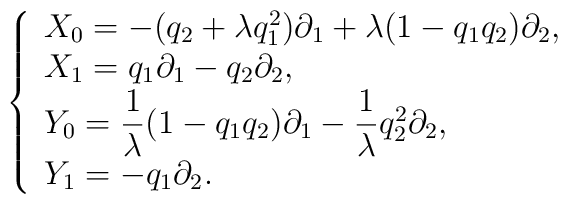
\left\{ \begin{array}{l}X_{0}= - (q_{2} + \lambda q^{2}_{1} )\partial_{1}+ \lambda (1 - q_{1} q_{2} )\partial_{2} , \\X_{1}= q_{1} \partial_{1} - q_{2} \partial_{2} , \\Y_{0}= {\displaystyle \frac{1}{\lambda} } (1 - q_{1} q_{2} )\partial_{1} -{\displaystyle \frac{1}{\lambda} } q^{2}_{2} \partial_{2} , \\Y_{1}= - q_{1} \partial_{2} .\end{array}\right.